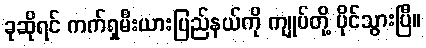
ခုဆိုရင် ကက်ရှမီးယားပြည်နယ်ကို ကျုပ်တို့ ပိုင်သွားပြီ။